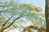
ઉગોનીયા